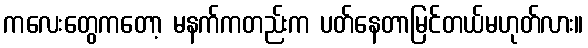
ကလေးတွေကတော့ မနက်ကတည်းက ပတ်နေတာမြင်တယ်မဟုတ်လား။